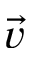
\vec { v }